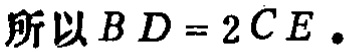
所以 \(BD = 2CE\)。